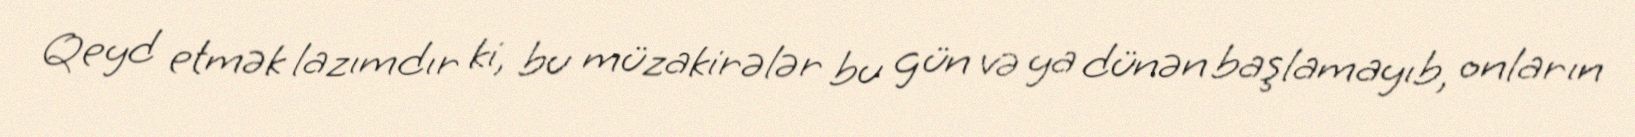
Qeyd etmək lazımdır ki, bu müzakirələr bu gün və ya dünən başlamayıb, onların